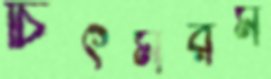
চিৎমরম